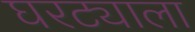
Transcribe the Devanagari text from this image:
घरट्याला